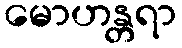
မောဟန္တရာ